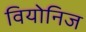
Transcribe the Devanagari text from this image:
वियोनिज